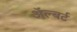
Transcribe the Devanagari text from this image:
अॅल्बर्ट